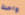
واحدة